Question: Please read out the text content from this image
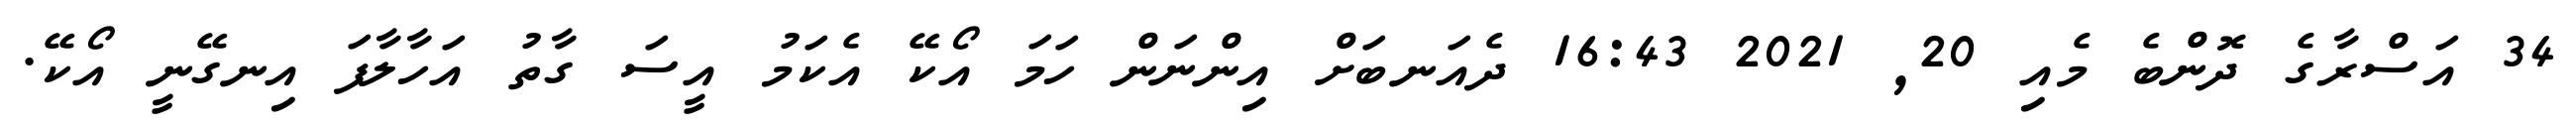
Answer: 34 އަސްރާގެ ދޮންބެ މެއި 20, 2021 16:43 ދެއަނބަށް އިންނަން ހަމަ އޯކޭ އެކަމު އީސަ ގާތު އަހާލާފަ އިނގޭނީ އޯކޭ.